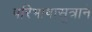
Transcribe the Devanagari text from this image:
परिभाषासूत्राने